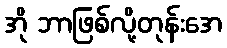
အို ဘာဖြစ်လို့တုန်းအေ